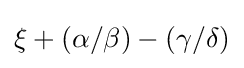
\xi +(\alpha /\beta )-(\gamma /\delta )